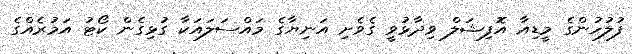
ފުލުހުންގެ މީޑިއާ އޮފިޝަލް ވިދާޅުވީ ގެވެށި އަނިޔާގެ މައްސަލައަކާ ގުޅިގެން ކޯޓު އަމުރެއްގެ